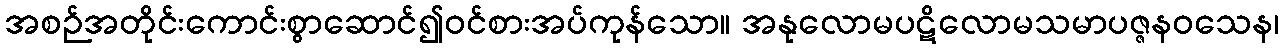
အစဉ်အတိုင်းကောင်းစွာဆောင်၍ဝင်စားအပ်ကုန်သော။ အနုလောမပဋိလောမသမာပဇ္ဇနဝသေန၊